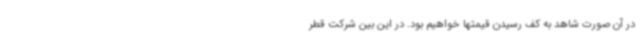
در آن صورت شاهد به کف رسیدن قیمتها خواهیم بود. در این بین شرکت قطر